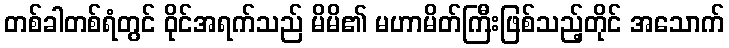
တစ်ခါတစ်ရံတွင် ဝိုင်အရက်သည် မိမိ၏ မဟာမိတ်ကြီးဖြစ်သည့်တိုင် အသောက်